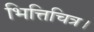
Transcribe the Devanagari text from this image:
भित्तिचित्र।